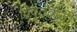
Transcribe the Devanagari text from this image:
विवृतबीजी